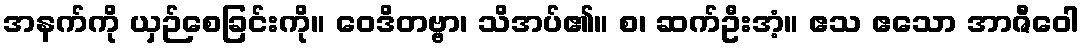
အနက်ကို ယှဉ်စေခြင်းကို။ ဝေဒိတဗ္ဗာ၊ သိအပ်၏။ စ၊ ဆက်ဦးအံ့။ ဧသ ဧသော အာဇီဝေါ